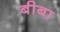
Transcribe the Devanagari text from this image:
बीबा